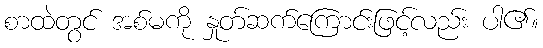
စာထဲတွင် အစ်မကို နှုတ်ဆက်ကြောင်းဖြင့်လည်း ပါ၏။